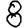
Digit: 8